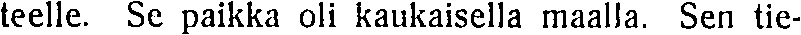
teelle. Se paikka oli kaukaisella maalla. Sen tie-